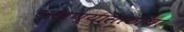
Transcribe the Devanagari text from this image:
राखण्यासाठीचा